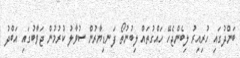
ބަންދުގައި ހުރިއިރު ލިބެންޖެހޭ ހައްގުތައް ލިބުނުތޯ ފަނޑިޔާރުން ސުވާލު ކުރުމުން ޖަވާބުގައި އަބްދު